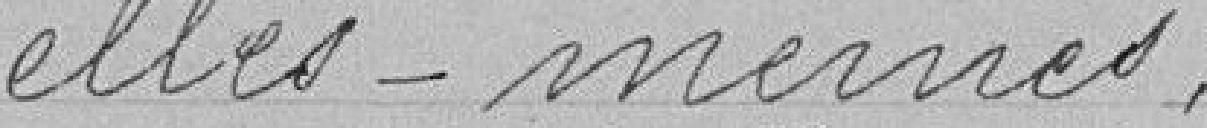
elles-mêmes.